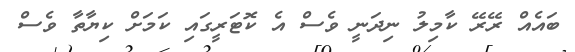
ބައެއް ރޭރޭ ކާމިލު ނިދަނީ ވެސް އެ ކޮޓަރީގައި ކަމަށް ކިޔާތާ ވެސް